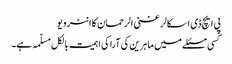
پی ایچ ڈی اسکالر غنی الرحمان کا انٹرویو
کسی مسئلے میں ماہرین کی آرا کی اہمیت بالکل مسلّمہ ہے۔